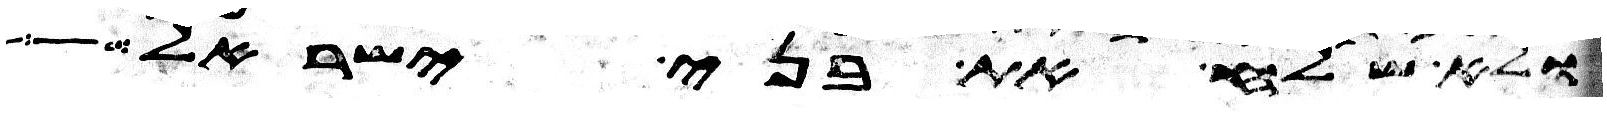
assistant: ולא שלח את בני ישראל